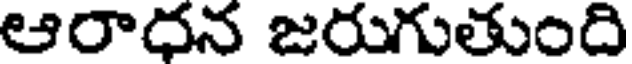
ఆరాధన జరుగుతుంది